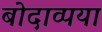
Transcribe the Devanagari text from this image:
बोदाव्पया